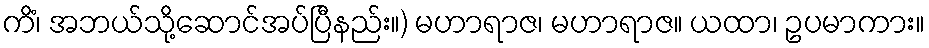
ကိံ၊ အဘယ်သို့ဆောင်အပ်ပြီနည်း။) မဟာရာဇ၊ မဟာရာဇ။ ယထာ၊ ဥပမာကား။